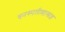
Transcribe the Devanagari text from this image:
वनस्पतीशास्रज्ञ